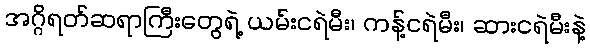
အဂ္ဂိရတ်ဆရာကြီးတွေရဲ့ ယမ်းငရဲမီး၊ ကန့်ငရဲမီး၊ ဆားငရဲမီးနဲ့